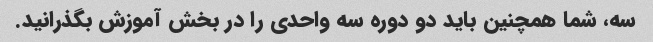
سه، شما همچنین باید دو دوره سه واحدی را در بخش آموزش بگذرانید.